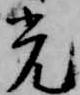
光